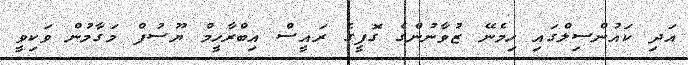
އަދި ކައުންސިލްގައި ހިމެނޭ ޒުވާނުންގެ ގޮފީގެ ރައީސް އިބްރާހީމް ޔޫސުފް މަގާމުން ވަކިވީ